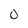
Character: 0